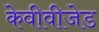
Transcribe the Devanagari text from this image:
केवीवीजेड